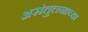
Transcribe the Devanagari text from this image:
असंतुलनाच्या